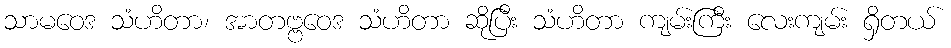
သာမဝေဒ သံဟိတာ၊ အာတဗ္ဗဝေဒ သံဟိတာ ဆိုပြီး သံဟိတာ ကျမ်းကြီး လေးကျမ်း ရှိတယ်